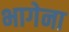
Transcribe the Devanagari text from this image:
भागेना